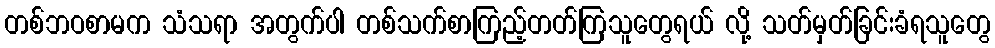
တစ်ဘဝစာမက သံသရာ အတွက်ပါ တစ်သက်စာကြည့်တတ်ကြသူတွေရယ် လို့ သတ်မှတ်ခြင်းခံရသူတွေ